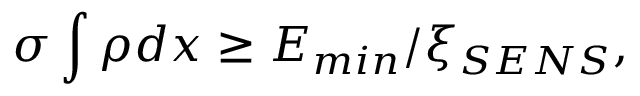
\sigma \int { \rho d x } \geq E _ { m i n } / \xi _ { S E N S } ,